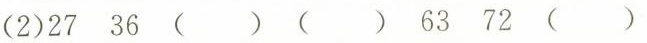
(2)27 36 () () 63 72 ()